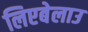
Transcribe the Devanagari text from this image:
लिएबेलाउ